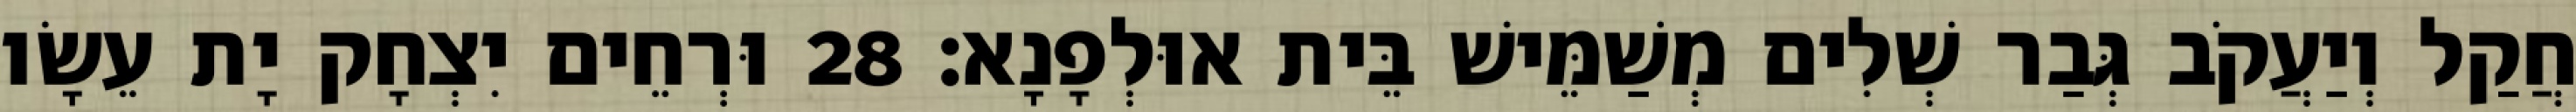
חֲקַל וְיַעֲקֹב גְּבַר שְׁלִים מְשַׁמֵּישׁ בֵּית אוּלְפָנָא׃ 28 וּרְחֵים יִצְחָק יָת עֵשָׂו